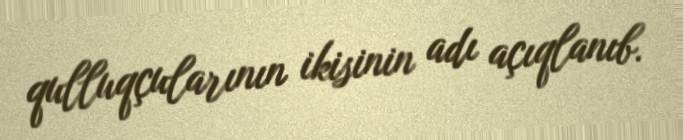
qulluqçularının ikisinin adı açıqlanıb.